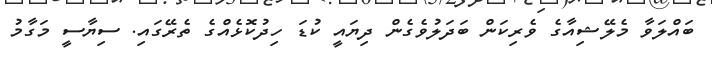
ބައްލަވާ މެލޭޝިއާގެ ވެރިކަން ބަދަލުވެގެން ދިޔައީ ކުޑަ ހިދުކޮޅެއްގެ ތެރޭގައި. ސިޔާސީ މަގާމު